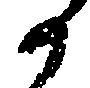
か